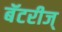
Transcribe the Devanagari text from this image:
बॅटरीज्